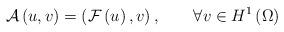
LaTeX: \begin{align*}\mathcal{A}\left( u,v\right) =\left( \mathcal{F}\left( u\right),v\right) ,\quad\quad\forall v\in H^{1}\left( \Omega\right) \end{align*}